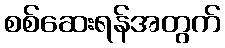
စစ်ဆေးရန်အတွက်